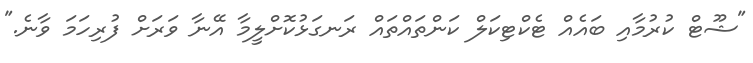
"ޝޫޓް ކުރުމާއި ބައެއް ޓެކްޓިކަލް ކަންތައްތައް ރަނގަޅުކޮށްލީމާ އޭނާ ވަރަށް ފުރިހަމަ ވާނެ."